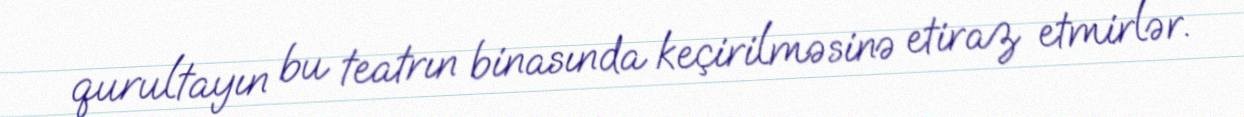
qurultayın bu teatrın binasında keçirilməsinə etiraz etmirlər.